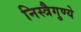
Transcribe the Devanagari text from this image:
निस्त्रैगुण्ये